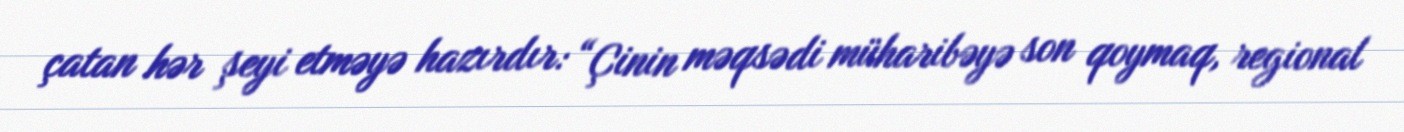
çatan hər şeyi etməyə hazırdır: “Çinin məqsədi müharibəyə son qoymaq, regional